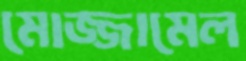
মোজ্জামেল